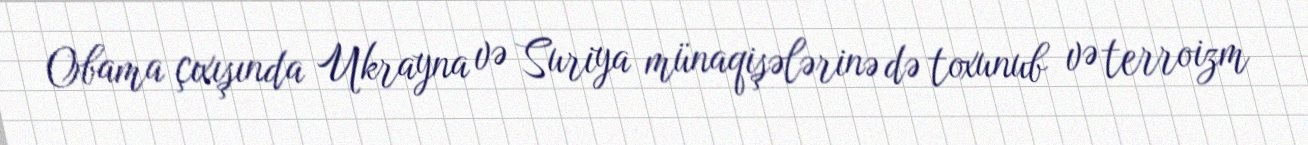
Obama çıxışında Ukrayna və Suriya münaqişələrinə də toxunub və terroizm